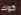
كوك